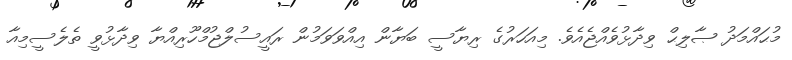
މުޙައްމަދު ޞާލިޙް ވިދާޅުވެއްޖެއެވެ. މިއަހަރުގެ ރިޔާސީ ބަޔާން އިއްވަވަމުން ރައީސުލްޖުމްހޫރިއްޔާ ވިދާޅުވީ ތެލެސީމިއާ